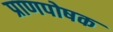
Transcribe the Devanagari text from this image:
प्राणपोषक